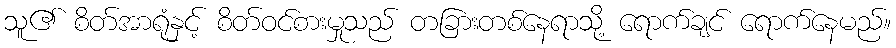
သူ၏ စိတ်အာရုံနှင့် စိတ်ဝင်စားမှုသည် တခြားတစ်နေရာသို့ ရောက်ချင် ရောက်နေမည်။